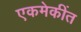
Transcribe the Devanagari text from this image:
एकमेकींत